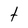
Character: t